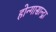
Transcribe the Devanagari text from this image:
होन्गासान्द्रा